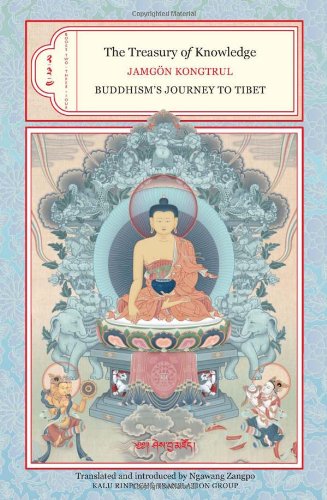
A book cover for The Treasury of Knowledge: Books 2, 3, and 4: Buddhism's Journey to Tibet; Jamgon Kongtrul; Religion & Spirituality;